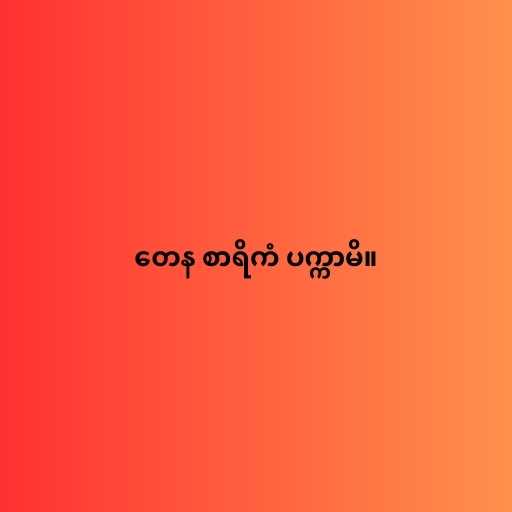
တေန စာရိကံ ပက္ကာမိ။